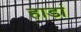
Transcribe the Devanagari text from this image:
हाडां